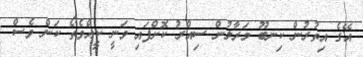
އޭގެ އިތުރުން ކިނބޫ މަރާލުން ސިއްރު ކޮށްފައި ވަނީ ކީއްވެތޯ ކަން ވެސް